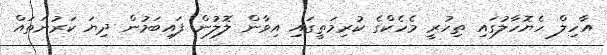
އާހިލް ހެޔޮހާލުގައި ތިހުރީ މެހެކްގެ ކުރިމަތީގައި އިވާން ލޮލުން ފައިބަމުން ދިޔަ ކަރުނަތައް